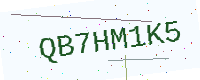
Text: QB7HM1K5